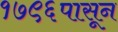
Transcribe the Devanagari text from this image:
१७९६पासून